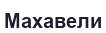
Махавели